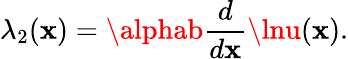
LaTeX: \lambda_{2}(\mathbf{x})=\alphab{\frac{{d}}{{d\mathbf{x}}}}\lnu(\mathbf{x}).